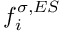
f _ { i } ^ { \sigma , E S }